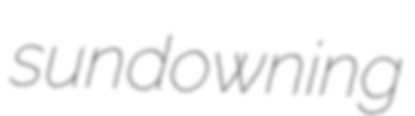
sundowning